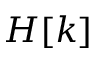
H [ k ]